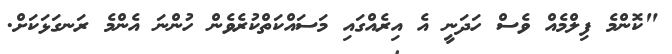
"ކޮންމެ ފިލްމެއް ވެސް ހަދަނީ އެ އިރެއްގައި މަސައްކަތްކުރެވެން ހުންނަ އެންމެ ރަނގަޅަކަށް.